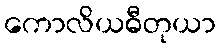
ကောလိယဓီတုယာ